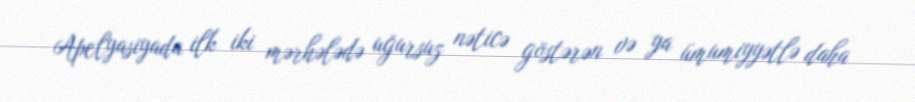
Apelyasiyada ilk iki mərhələdə uğursuz nəticə göstərən və ya ümumiyyətlə daha